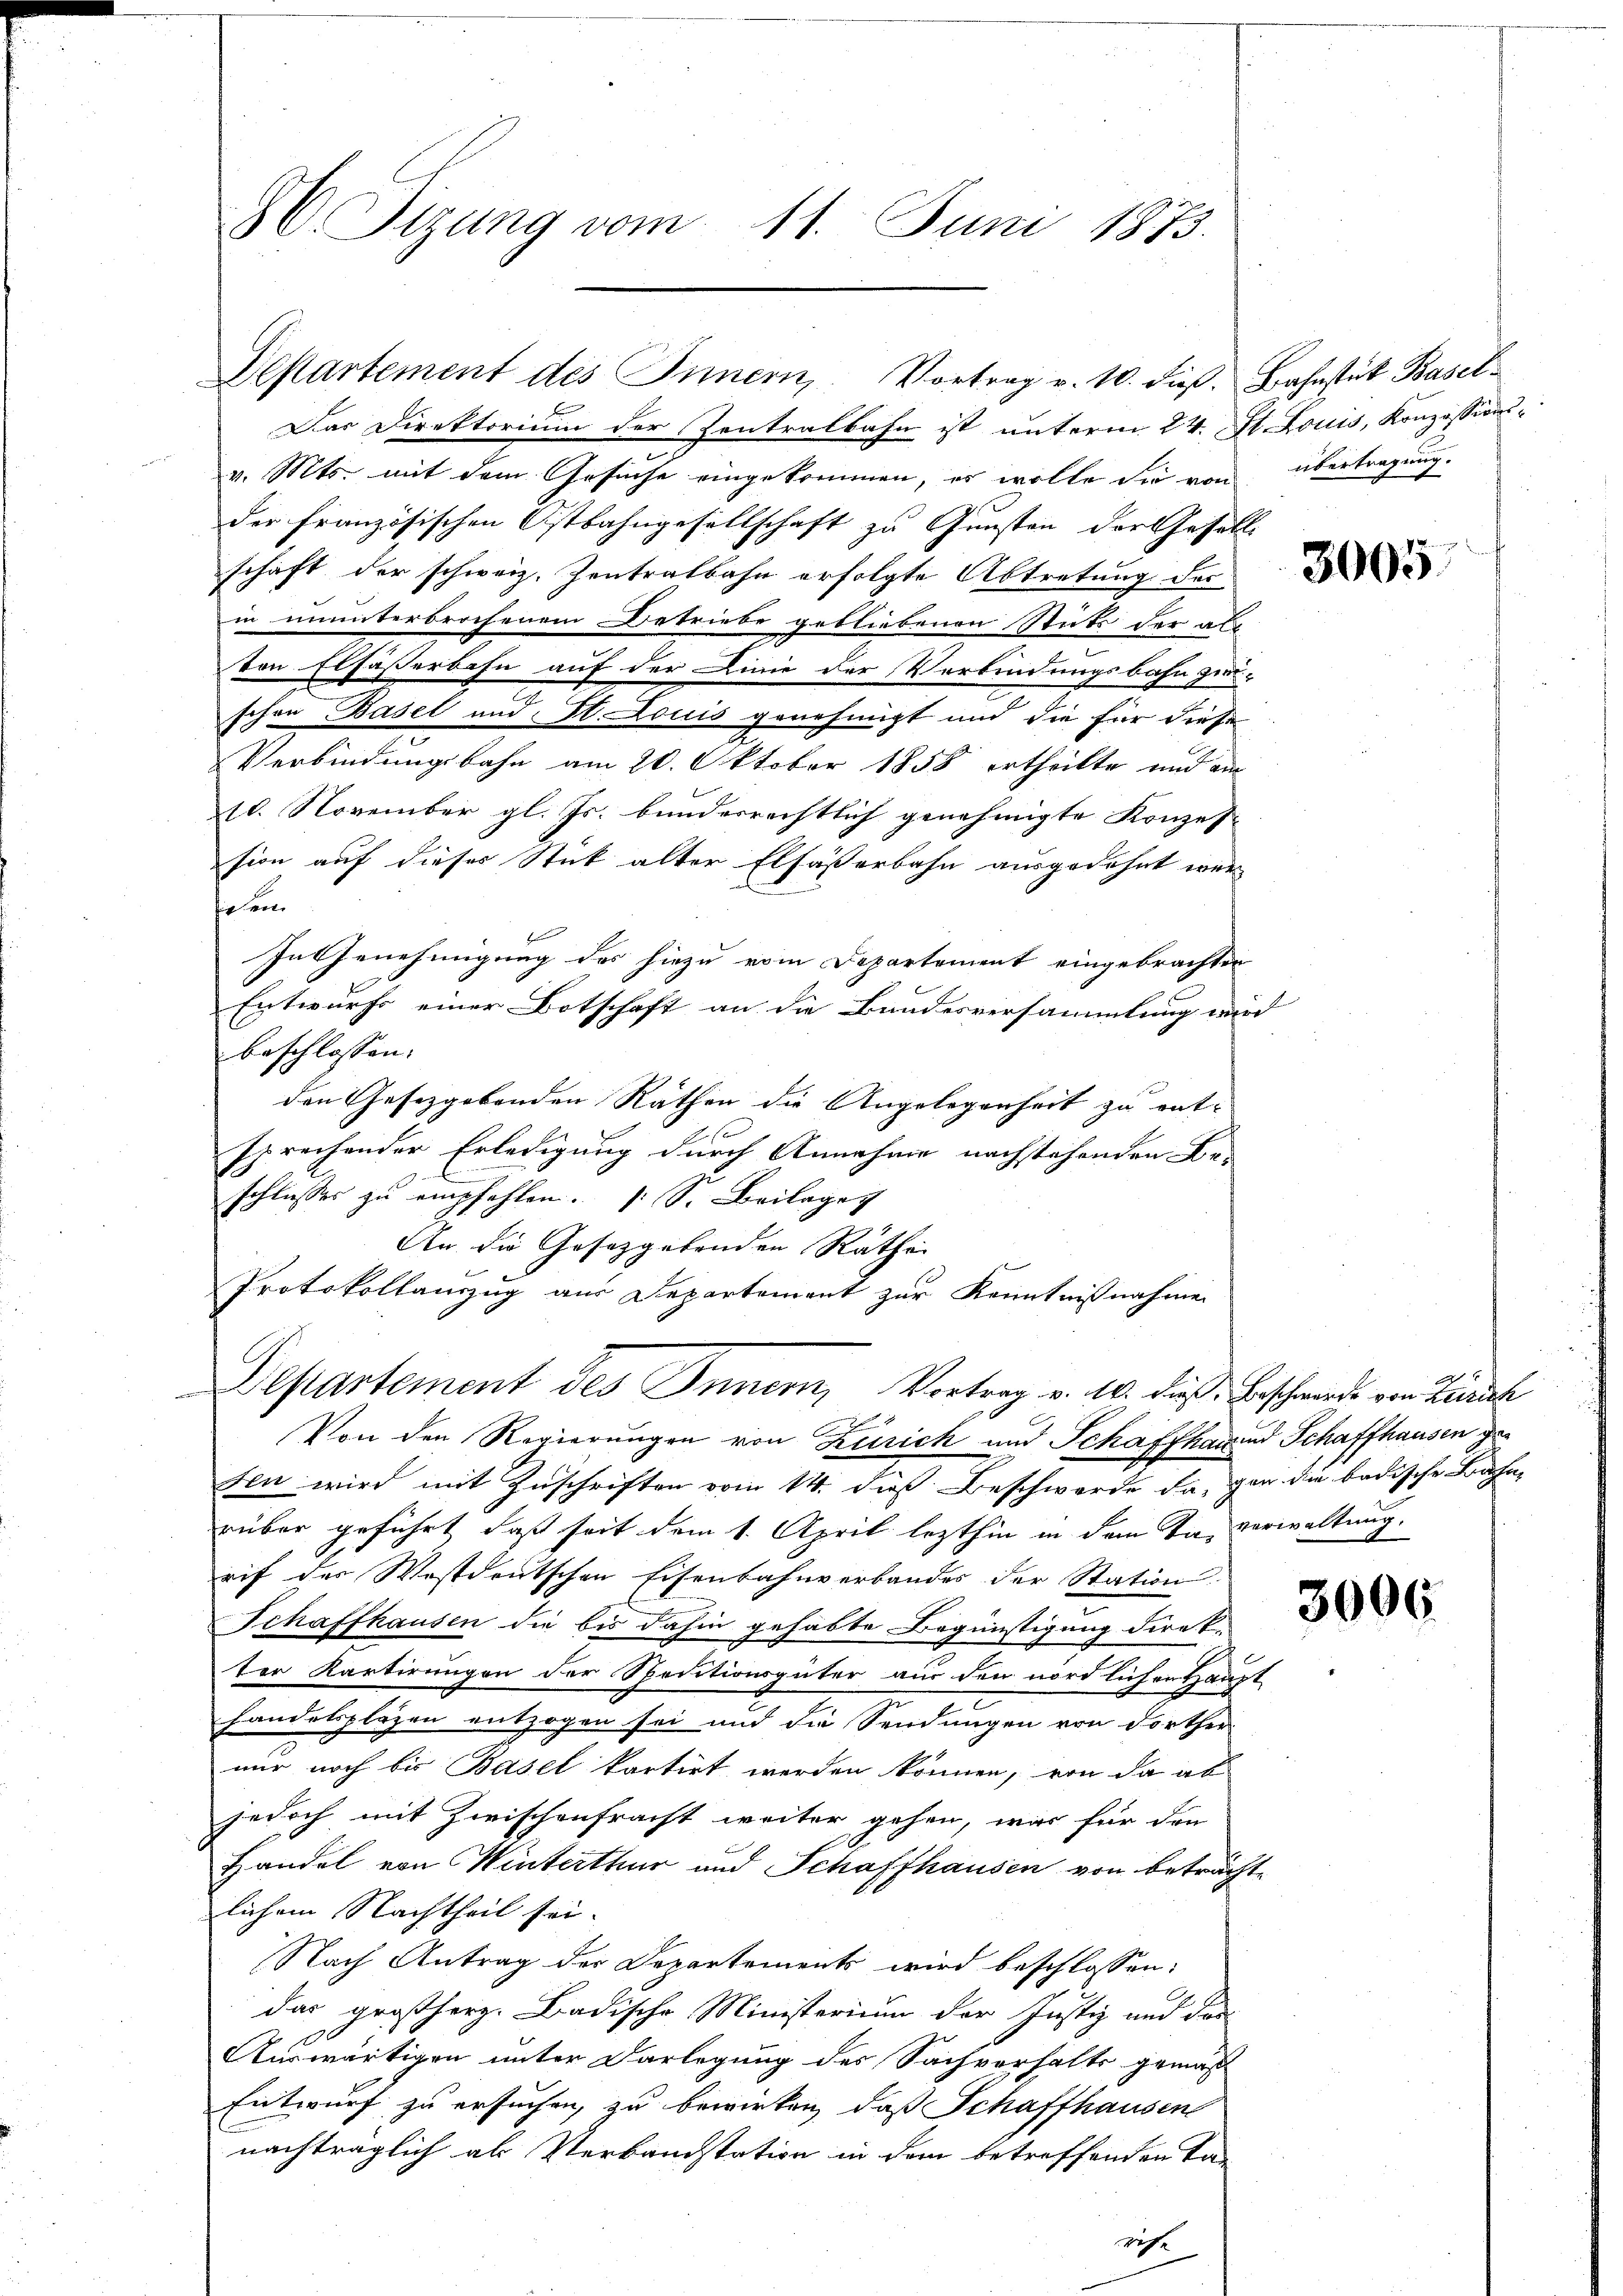
30. Stzung vom 11. Juni 1873.

Departement des Innern. Vortrag v. 10. dieβ. Bahnstück Basel¬

Das Direktorium der Zentralbahn ist unterm 24. St. Louis, Konzessionsv. Mts. mit dem Gesuche eingekommen, es wolle sie von übertragung.
der französischen Ostbahngesellschaft zu Gunsten der Gesell
schaft der schweiz. Zentralbahn erfolgte Abtretung des
in ununterbrochenem Betriebe gebliebenen Stuts der al
von Elfässerbahn auf der Linie der Verbindungsbahn zu-
schon Basel und St. Louis genehmigt und die für diese
Verbindungsbahn am 20. Oktober 1858 ertheilte und ei
10. November gl. Js. bundesrechtlich genehmigte Konzes
sion auf dieses Stick alter Elfaßerbahn ausgedehnt wer
folen.
In Genehmigung des hiezu vom Departement eingebrachten
Entwurfs einer Botschaft an die Bundesversammlung wird
beschlossen:
den Gesetzgebenden Rathen die Angelegenheit zu ent-
sprechender Erledigung durch Annahme nachstehenden Be-
schlusses zu empfehlen. (S. Beilagen
An die Gesetzgebenden Räthei
Protokollanzug aus Departement zur Kenntnißnahme
Departement des Innern, Vortrag v. 10. dieß: Erschwerde von Zürich
Von den Regierungen von Zürich und Schaffhau und Schaffhausen gesen wird mit Zuschriften vom 14. dieß Beschwerde da, gar die badische Bahn-
rüber geführt, daß seit dem 1. April lezthin in dem Ta-Verwaltung.
rif des Wostdeutschen Eisenbahnverbandes der Station
Schaffhausen die bis dahin gehabte Begünstigung direk-
ter Kartirungen der Speditionsgüter aus den nördlichen Haupt
handelplazen entzogen sei und die Sendungen von Forther
nur noch bis Basel kartirt werden können, von da ab
jedoch mit Zwischenfracht weiter gehen, was für den
Handel von Winterthur und Schaffhausen von beträchte
lichem Nachtheil sei.
Nach Antrag der Departements wird beschlossen:
das großherz. Badische Ministerium der Justiz und der
Auswärtigen unter Darlegung des Sachverhalts gemäß
Entwurf zu ersuchen, zu bewirken, daß Schaffhausens
nachträglich als Verbandstation in dem betreffenden Tan

g

3005

3006.